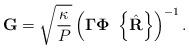
LaTeX: \begin{align*}\mathbf{G} = \sqrt{\frac{\kappa}{P}} \left( \mathbf{\Gamma}\mathbf{\Phi} ~\left\{\hat{\mathbf{R}}\right\}\right)^{-1}.\end{align*}